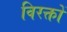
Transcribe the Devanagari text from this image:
विरक्तों